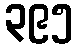
၃၉၅